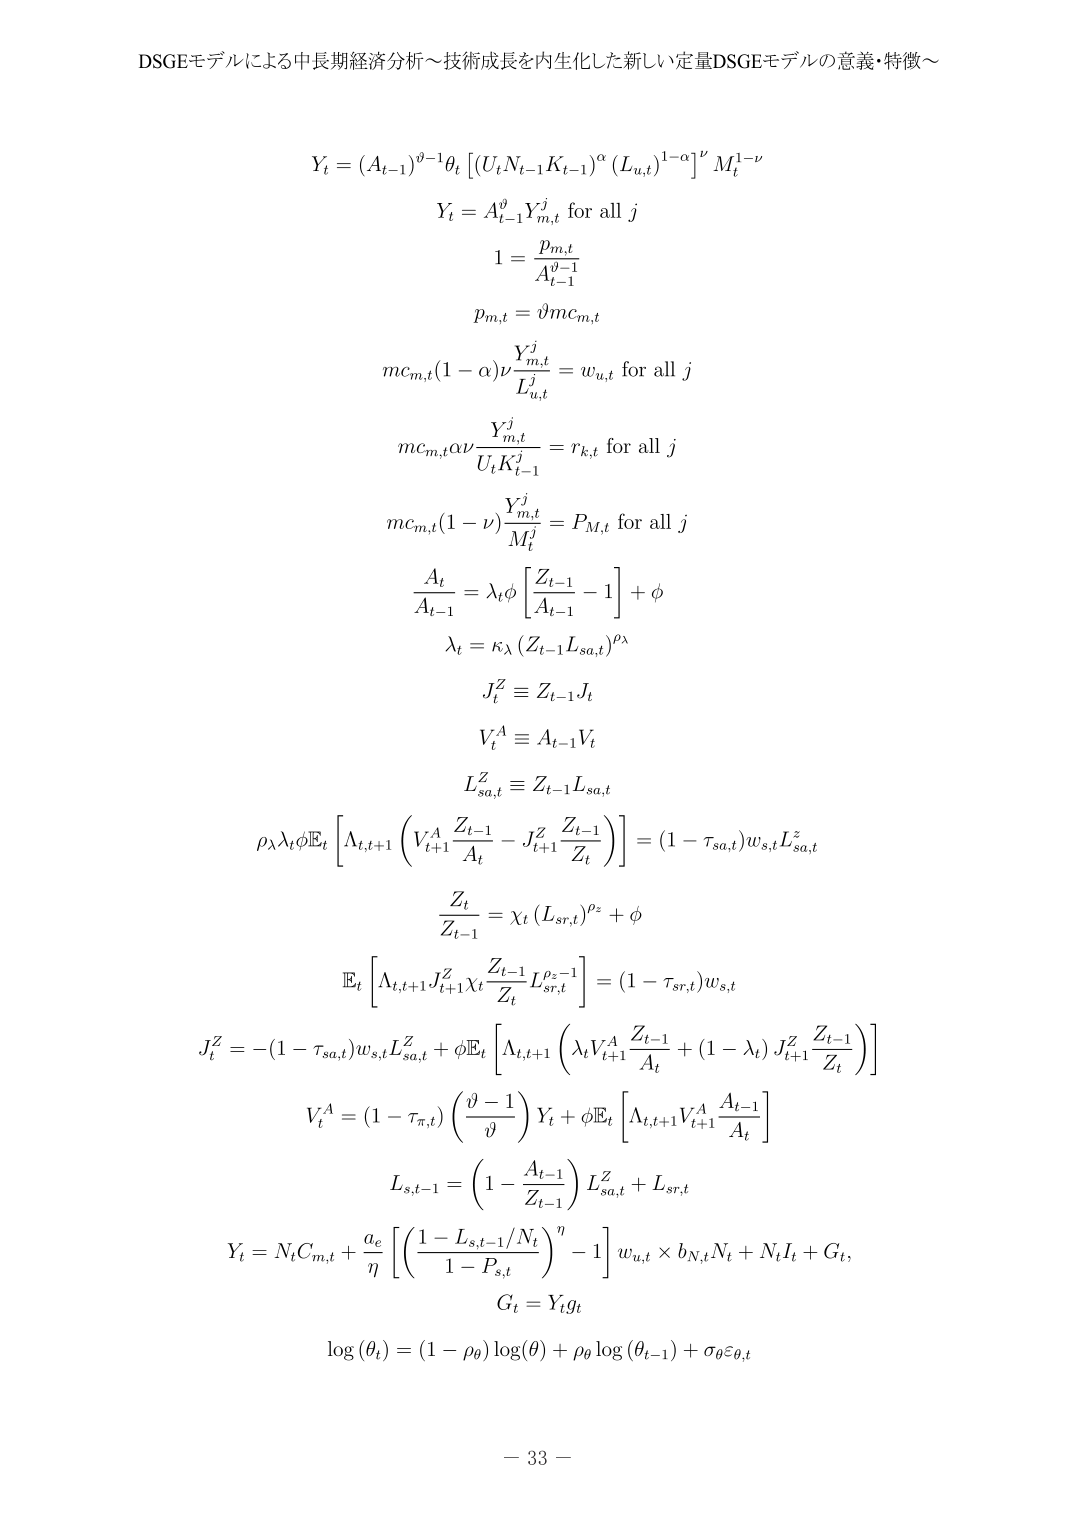
DSGEモデルによる中長期経済分析～技術成長を内生化した新しい定量DSGEモデルの意義・特徴～

Y_t = (A_{t-1})^{\vartheta-1} \theta_t \left[ (U_t N_{t-1} K_{t-1})^{\alpha} (L_{u,t})^{1-\alpha} \right]^{\nu} M_t^{1-\nu}

Y_t = A_{t-1}^{\vartheta} Y_{m,t}^j \text{ for all } j

1 = \frac{p_{m,t}}{A_{t-1}^{\vartheta-1}}

p_{m,t} = \vartheta m c_{m,t}

m c_{m,t} (1 - \alpha) \nu \frac{Y_{m,t}^j}{L_{u,t}^j} = w_{u,t} \text{ for all } j

m c_{m,t} \alpha \nu \frac{Y_{m,t}^j}{U_t K_{t-1}^j} = r_{k,t} \text{ for all } j

m c_{m,t} (1 - \nu) \frac{Y_{m,t}^j}{M_t^j} = P_{M,t} \text{ for all } j

\frac{A_t}{A_{t-1}} = \lambda_t \phi \left[ \frac{Z_{t-1}}{A_{t-1}} - 1 \right] + \phi

\lambda_t = \kappa_{\lambda} \left( Z_{t-1} L_{sa,t} \right)^{\rho_{\lambda}}

J_t^Z \equiv Z_{t-1} J_t

V_t^A \equiv A_{t-1} V_t

L_{sa,t}^Z \equiv Z_{t-1} L_{sa,t}

\rho_{\lambda} \lambda_t \phi \mathbb{E}_t \left[ \Lambda_{t,t+1} \left( V_{t+1}^A \frac{Z_{t-1}}{A_t} - J_{t+1}^Z \frac{Z_{t-1}}{Z_t} \right) \right] = (1 - \tau_{sa,t}) w_{s,t} L_{sa,t}^Z

\frac{Z_t}{Z_{t-1}} = \chi_t \left( L_{sr,t} \right)^{\rho_z} + \phi

\mathbb{E}_t \left[ \Lambda_{t,t+1} J_{t+1}^Z \chi_t \frac{Z_{t-1}}{Z_t} L_{sr,t}^{\rho_z - 1} \right] = (1 - \tau_{sr,t}) w_{s,t}

J_t^Z = - (1 - \tau_{sa,t}) w_{s,t} L_{sa,t}^Z + \phi \mathbb{E}_t \left[ \Lambda_{t,t+1} \left( \lambda_t V_{t+1}^A \frac{Z_{t-1}}{A_t} + (1 - \lambda_t) J_{t+1}^Z \frac{Z_{t-1}}{Z_t} \right) \right]

V_t^A = (1 - \tau_{\pi,t}) \left( \frac{\vartheta - 1}{\vartheta} \right) Y_t + \phi \mathbb{E}_t \left[ \Lambda_{t,t+1} V_{t+1}^A \frac{A_{t-1}}{A_t} \right]

L_{s,t-1} = \left( 1 - \frac{A_{t-1}}{Z_{t-1}} \right) L_{sa,t}^Z + L_{sr,t}

Y_t = N_t C_{m,t} + \frac{a_c}{\eta} \left[ \left( \frac{1 - L_{s,t-1}/N_t}{1 - P_{s,t}} \right)^{\eta} - 1 \right] w_{u,t} \times b_{N,t} N_t + N_t I_t + G_t,

G_t = Y_t g_t

\log(\theta_t) = (1 - \rho_{\theta}) \log(\theta) + \rho_{\theta} \log(\theta_{t-1}) + \sigma_{\theta} \varepsilon_{\theta,t}

- 33 -